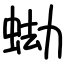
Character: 蜐